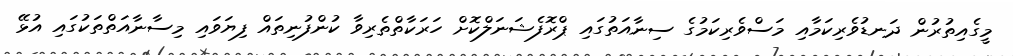
މީގެއިތުރުން ދަނޑުވެރިކަމާއި މަސްވެރިކަމުގެ ސިނާއަތުގައި ޕްރޮފެޝަނަލްކޮށް ހަރަކާތްތެރިވާ ކުންފުނިތައް ފިޔަވައި މިސާނާއަތްތަކުގައި އުޅޭ